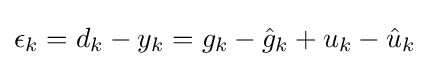
\epsilon _{k}=d_{k}-y_{k}=g_{k}-{\hat {g}}_{k}+u_{k}-{\hat {u}}_{k}